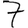
Digit: 7